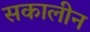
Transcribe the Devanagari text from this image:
सकालीन